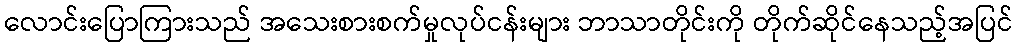
လောင်းပြောကြားသည် အသေးစားစက်မှုလုပ်ငန်းများ ဘာသာတိုင်းကို တိုက်ဆိုင်နေသည့်အပြင်